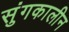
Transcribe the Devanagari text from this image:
सुंगकालीन